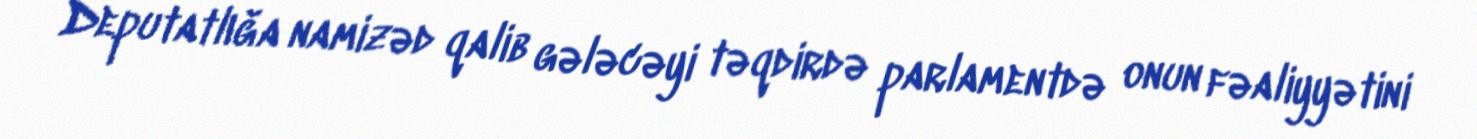
Deputatlığa namizəd qalib gələcəyi təqdirdə parlamentdə onun fəaliyyətini